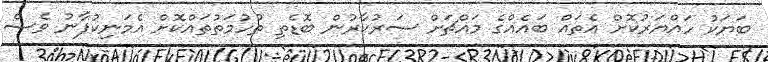
ބަޔަކު ހައްޔަރުކޮށް އެތައް ބައެއްގެ މައްޗަށް ސަރުކާރުން ބޮޑެތި ތުހުމަތުތައްކޮށް އެމަނިކުފާނު ވެސް